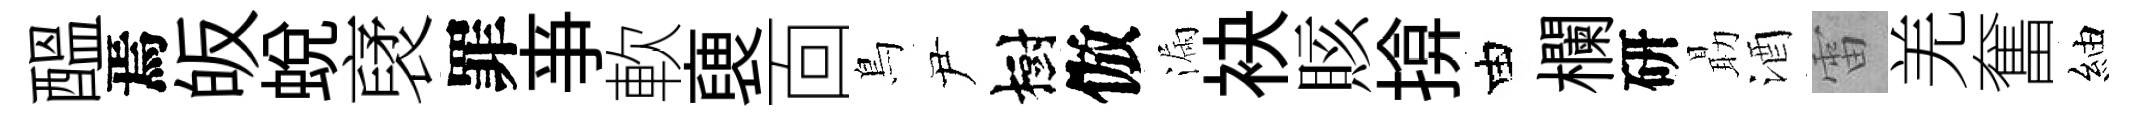
醖焉皈蜕裦罪亊軟褏靣鳥尹樹倣漏袂賅揜由欄研朂酒雷羌奮紬